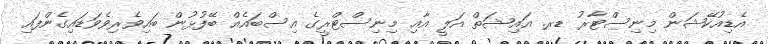
އެޑިއުކޭޝަން މިނިސްޓާރު ޑރ. އައިޝަތް އަލީ އާއި މިނިސްޓްރީގެ އިސްބައެއް ބޭފުޅުން ބައިވެރިވެވަޑައިގެންފައި